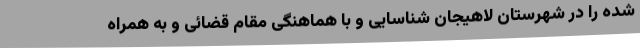
شده را در شهرستان لاهیجان شناسایی و با هماهنگی مقام قضائی و به همراه